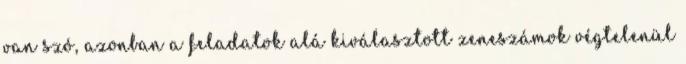
van szó, azonban a feladatok alá kiválasztott zeneszámok végtelenül